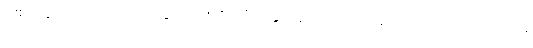
ပါးစပ်တွင်ကိုက်ထားသည့် သွားကြားထိုး တံကို နှုတ်ခမ်းထောင့် တစ်ဖက်မှ အခြားတစ်ဖက်သို့